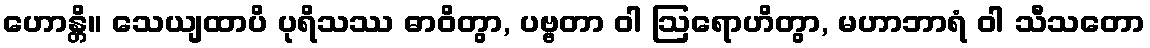
ဟောန္တိ။ သေယျထာပိ ပုရိသဿ ဓာဝိတွာ, ပဗ္ဗတာ ဝါ ဩရောဟိတွာ, မဟာဘာရံ ဝါ သီသတော